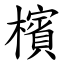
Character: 檳